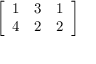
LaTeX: \left[ \begin{array} { l l l } { 1 } & { 3 } & { 1 } \\ { 4 } & { 2 } & { 2 } \end{array} \right]